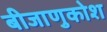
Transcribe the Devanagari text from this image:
बीजाणुकोश